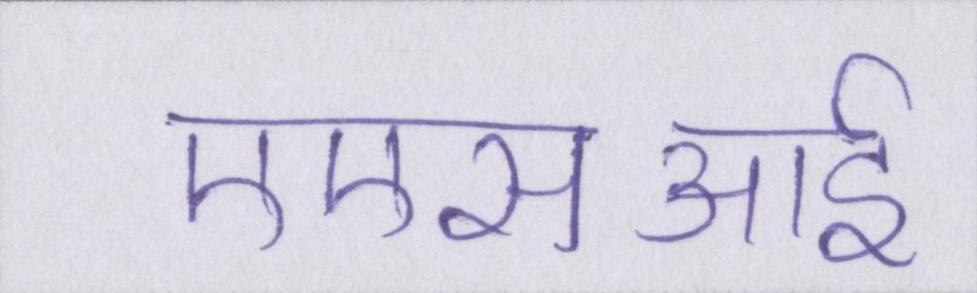
एएसआई